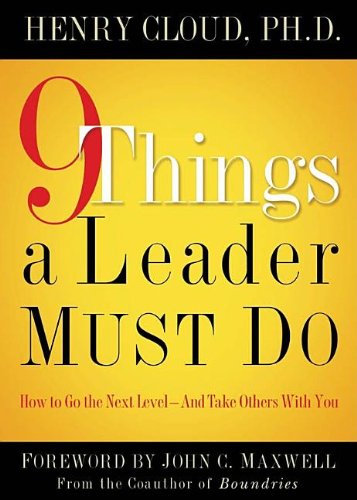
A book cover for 9 Things a Leader Must Do: How to Go to the Next Level--And Take Others With You; Henry Cloud; Christian Books & Bibles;